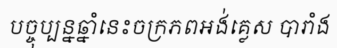
បច្ចុប្បន្នឆ្នាំនេះចក្រភពអង់គ្លេស បារាំង